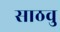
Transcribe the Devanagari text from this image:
साठवु